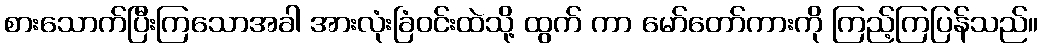
စားသောက်ပြီးကြသောအခါ အားလုံးခြံဝင်းထဲသို့ ထွက် ကာ မော်တော်ကားကို ကြည့်ကြပြန်သည်။